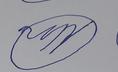
Signature authenticity: forged